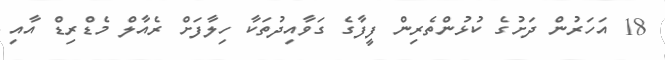
18 އަހަރުން ދަށުގެ ކުޅުންތެރިން ފީފާގެ ގަވާއިދުތަކާ ހިލާފަށް ރެއާލް މެޑްރިޑް އާއި